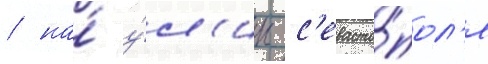
/ на́ у́л'ицы с'евасто́пол'я